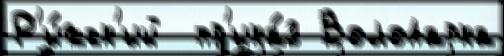
Р'и́жск'ий  пр'ика́з Володарка